Document type: Dowry acquittance
Year: 1427
Scribe: Pere Tarafa
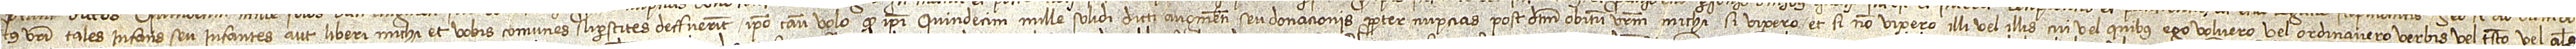
tus vestri tales infans seu infantes aut liberi michi et vobis comunes superstites deffuerint, ipso caso volo quod ipsi quindecim mille solidi dicti augmenti seu donacionis propter nupcias post dictum obitum vestrum michi si vixero, et si non vixero illi vel illis cui vel quibus ego volueri vel ordinavero verbis vel testamento vel alias